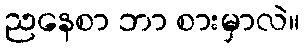
ညနေစာ ဘာ စားမှာလဲ။